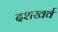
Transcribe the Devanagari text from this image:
दशखर्व